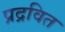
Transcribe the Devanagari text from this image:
प्रद्रवित